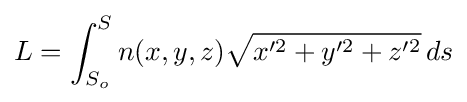
L=\int _{S_{o}}^{S}n(x,y,z){\sqrt {x'^{2}+y'^{2}+z'^{2}}}\,ds